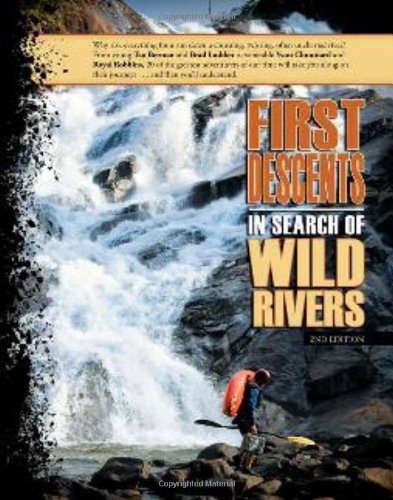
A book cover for First Descents: In Search of Wild Rivers; Richard Bangs; Travel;